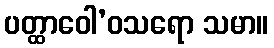
ပတ္ထာဝေါ’ဝသရော သမာ။